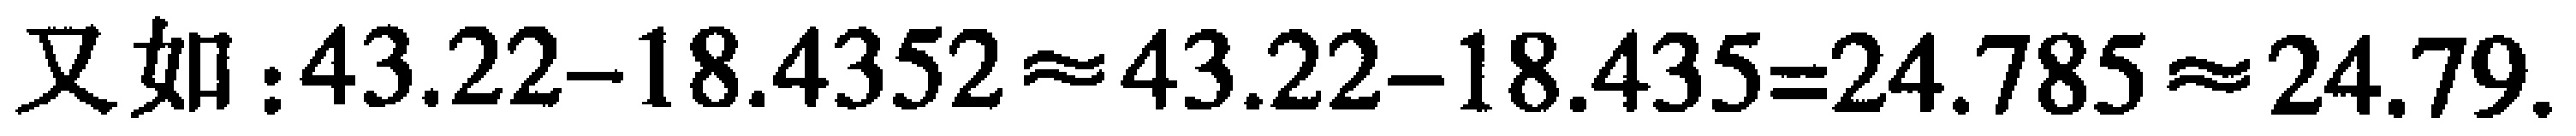
又如：\(43.22 - 18.4352\approx43.22 - 18.435 = 24.785\approx24.79\).